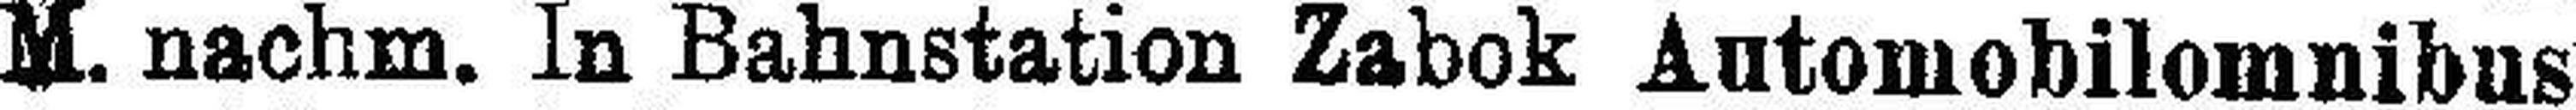
M. nachm. In Bahnstation Zabok Automobilomnibus